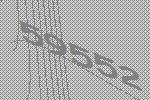
59552